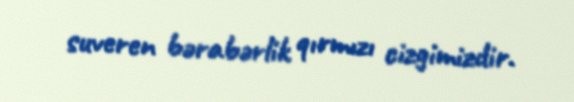
suveren bərabərlik qırmızı cizgimizdir.